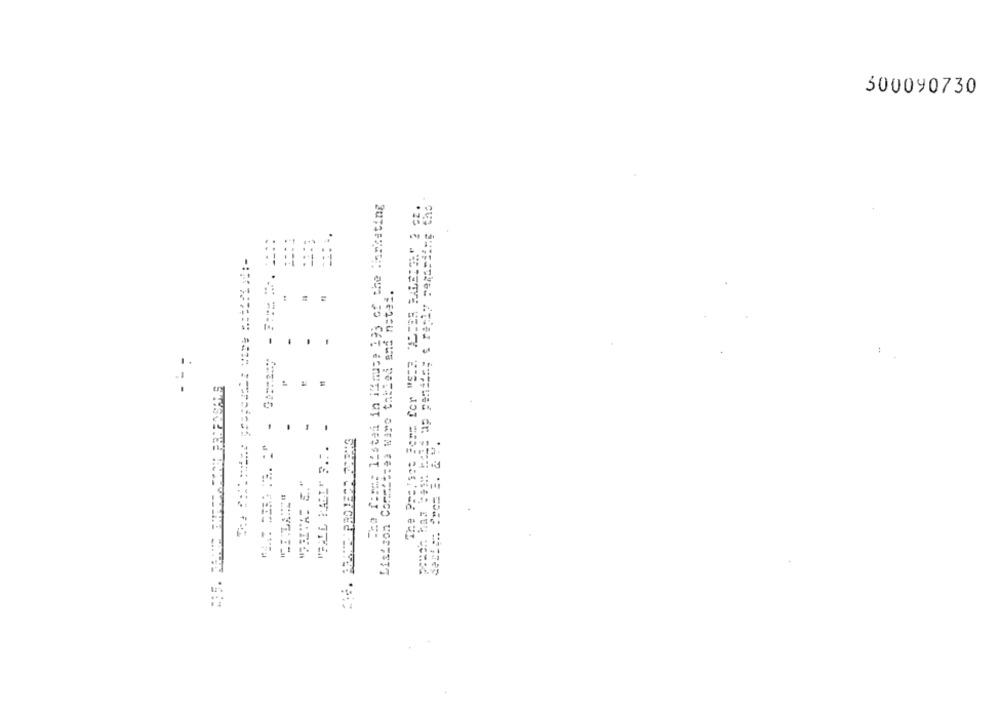
300090730
-ho form: listed in ilmuse 193 of the Marketing
The Project Form for "STR. "STER FALEION" 2 pt.
mettrea ware tabled and natei.
:
-
E
---
Listson Commits